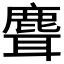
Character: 𬸽